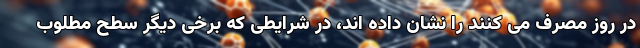
در روز مصرف می کنند را نشان داده اند، در شرایطی که برخی دیگر سطح مطلوب